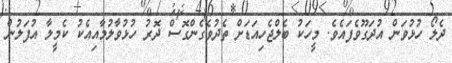
ދެލޯ ހުޅުވަން އުދަގޫވެފައެވެ. މީހަކު ބެލްޖެހިއަޑަށް ތެދުވެގެންގޮސް ދޮރު ހުޅުވާލުމާއިއެކު ކެމީލާ އުފަލުން